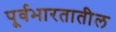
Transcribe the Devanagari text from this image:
पूर्वभारतातील